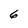
Character: 6